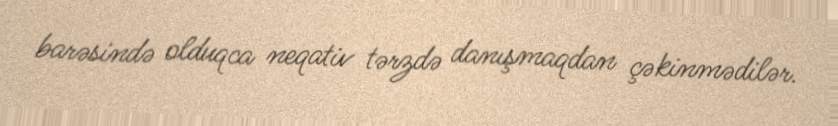
barəsində olduqca neqativ tərzdə danışmaqdan çəkinmədilər.